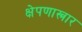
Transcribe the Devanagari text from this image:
क्षेपणास्त्रार